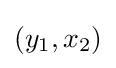
(y_{1},x_{2})